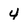
Character: 4